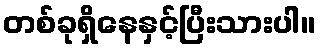
တစ်ခုရှိနေနှင့်ပြီးသားပါ။